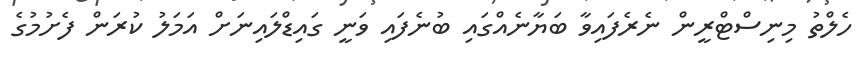
ހެލްތު މިނިސްޓްރީން ނެރެފައިވާ ބަޔާނެއްގައި ބުނެފައި ވަނީ ގައިޑްލައިނަށް އަމަލު ކުރަން ފެށުމުގެ